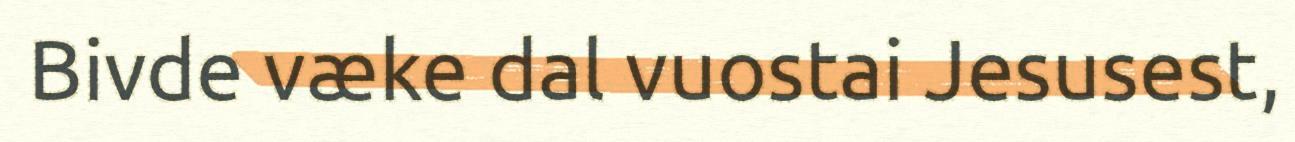
Bivde væke dal vuostai Jesusest,